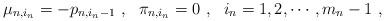
LaTeX: \begin{align*}\mu_{n,i_n}=-p_{n,i_n-1}\ ,\ \ \pi_{n,i_n}=0\ ,\ \ i_n=1,2,\cdots,m_n-1\ ,\end{align*}